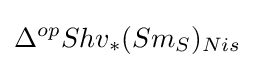
\Delta ^{op}Shv_{*}(Sm_{S})_{Nis}